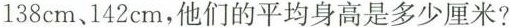
138cm、142cm，他们的平均身高是多少厘米?